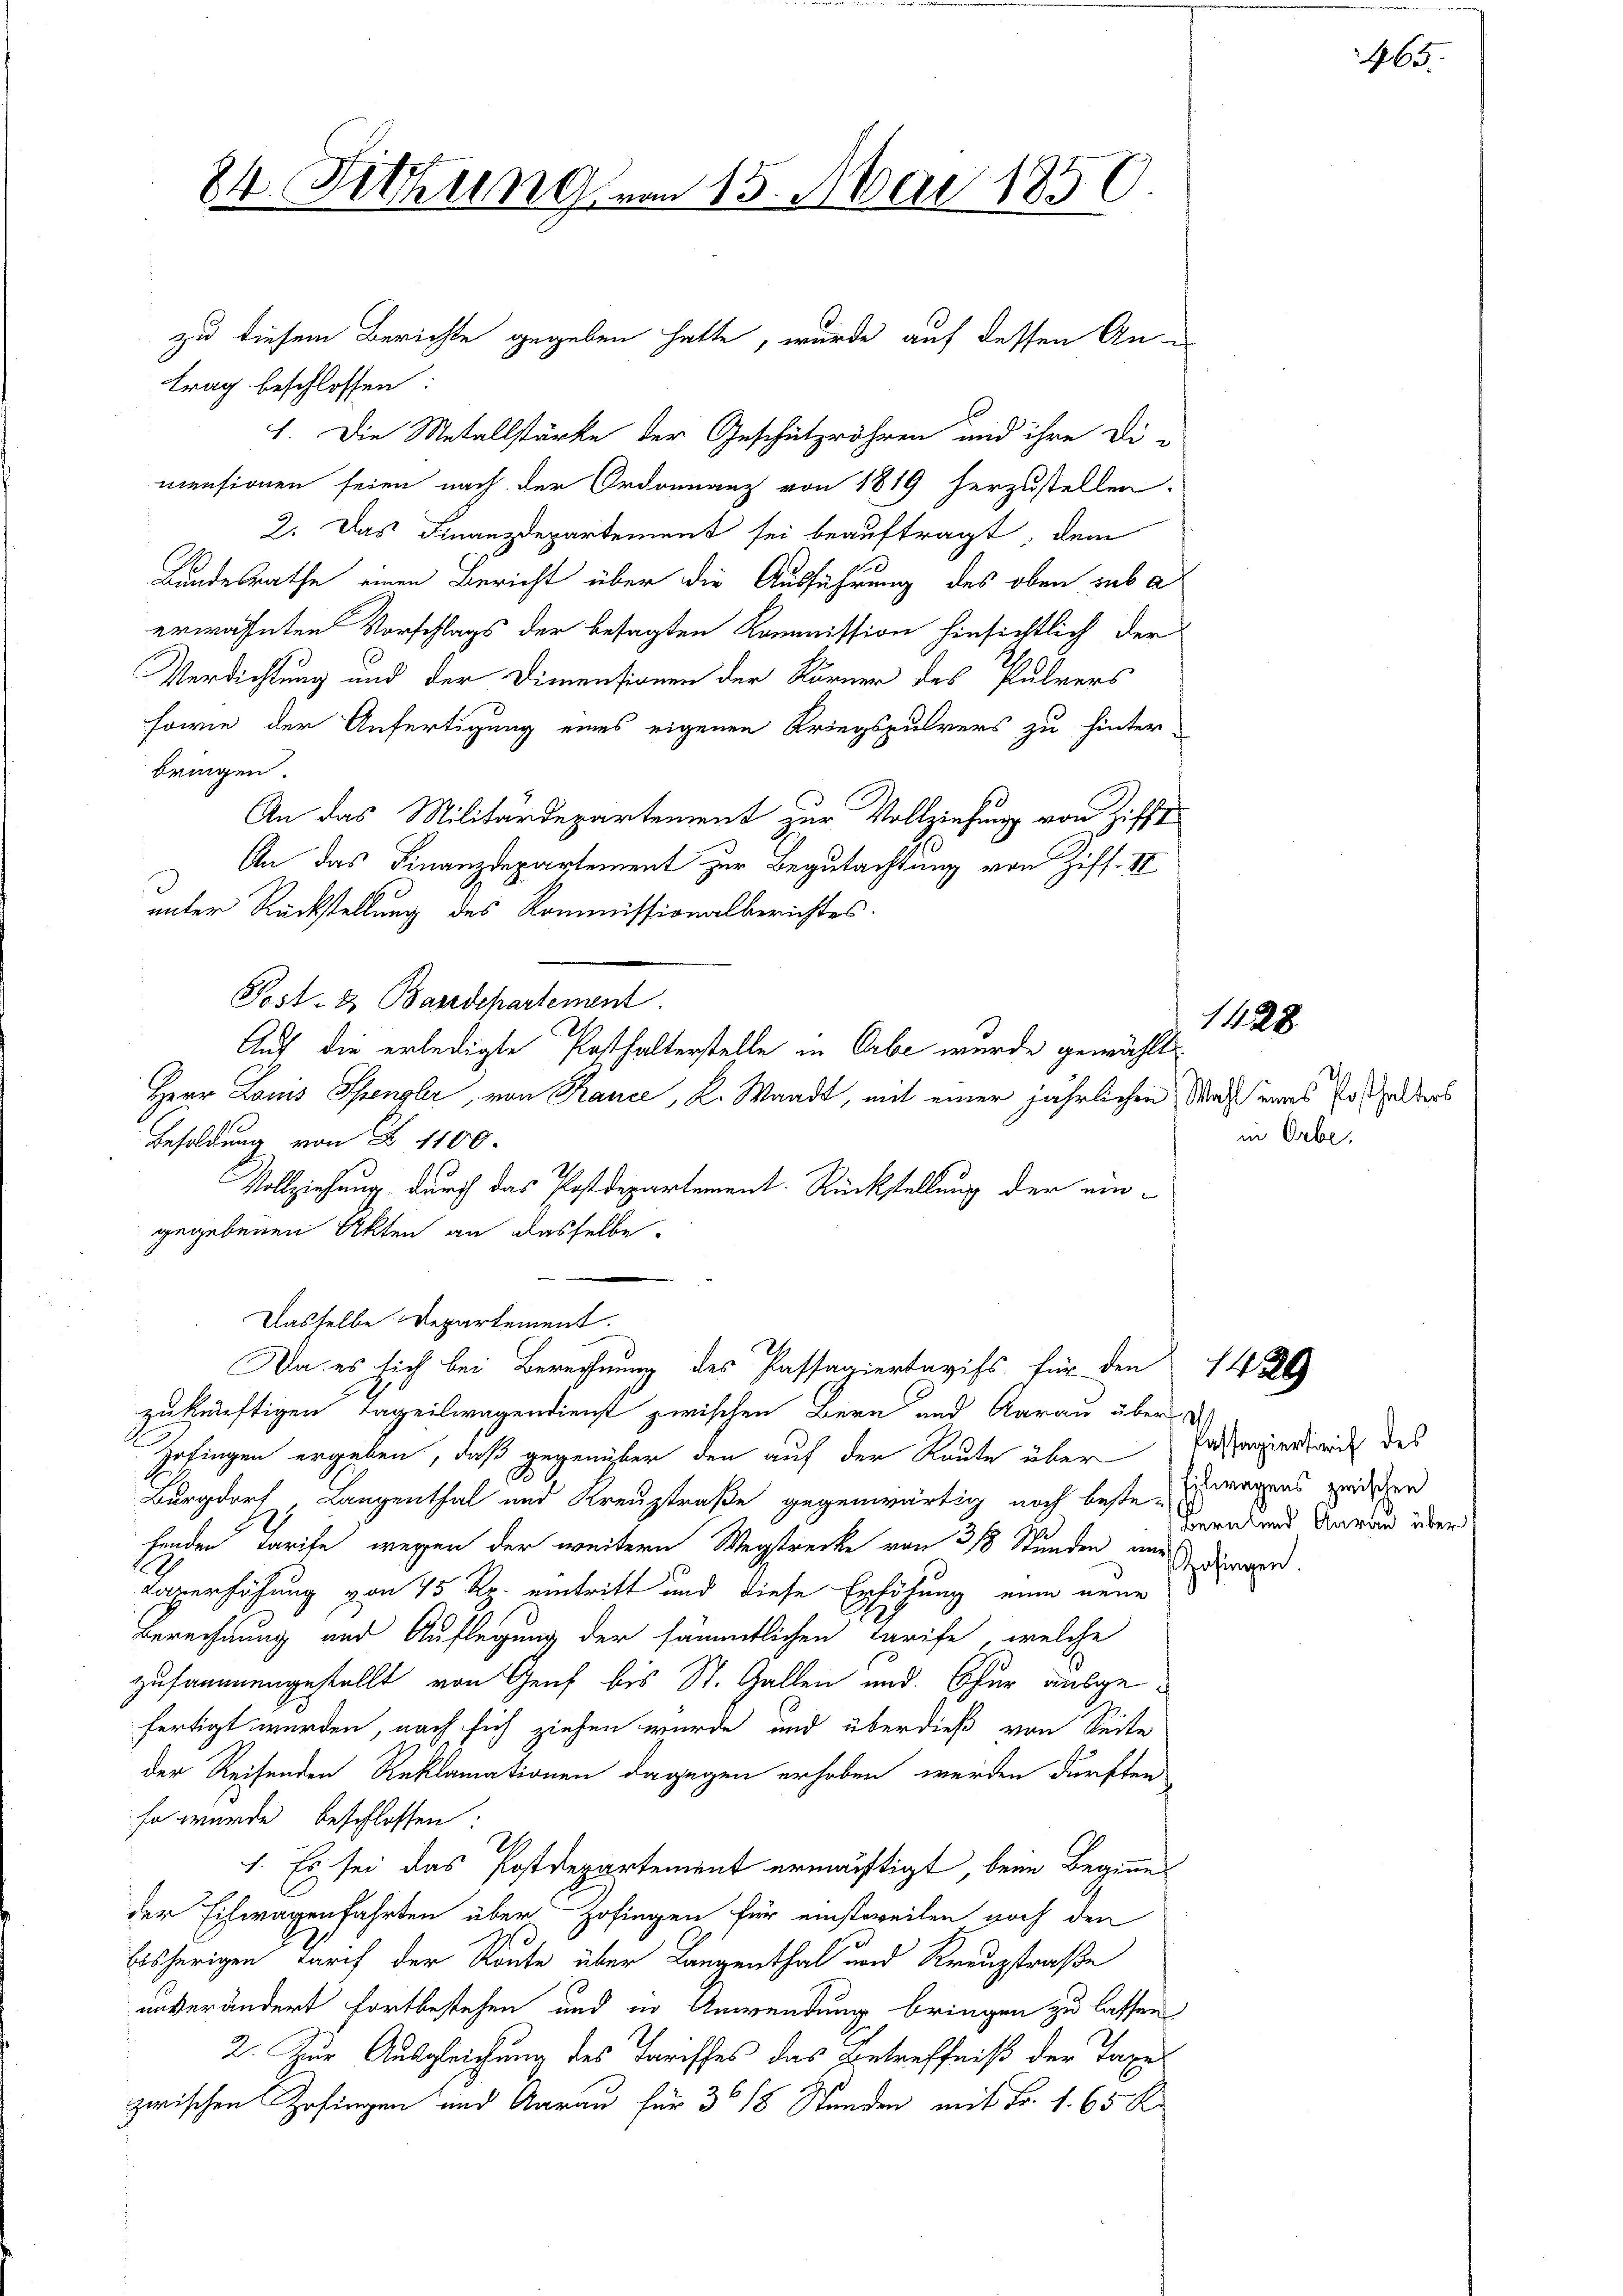
84. Sitzung von 15. Mai 1850.

trag beschlossen:
1. Die Metallstärke der Geschützröhren und ihre Di-
mensionen seien nach der Ordonnanz von 1819 herzustellen.
2. Das Finanzdepartement sei beauftragt, dem
Landesrathe einen Bericht über die Ausführung des oben sub a
erwähnten Vorschlags der besagten Kommission hinsichtlich der
Verdichtung und der Dimensionen der Körner des Pulvers
sowie der Anfertigung eines eigenen Kriegspulvers zu hinter-
bringen.
An das Militärdepartement zur Vollziehung von Ziffe
An das Finanzdepartement zur Begutachtung von Ziff. 17
i
unter Rückstellung des Kommissionalberichtes.
Post- & Baudepartement
Auf die erledigte Posthalterstelle in Erbe wurde gewählt:
Besoldung von Z 1100.
Vollziehung durch das Postdepartement. Rückstellung der eingegebenen Akten an dasselbe.
Dasselbe Departement.
Da es sich bei Berechnung des Passagiertavifs für den 1420
zukünftigen Tägeilwegendienst zwischen Bern und Aarau über d
Zofingen ergeben, daß gegenüber den auf der Raute über Testaerart des
Burgdorf Langenthal und Kreuzstraße gegenwärtig noch bestenwegens zwischen
finden Tarife wegen der weitern Wegstrecke von 3/8 Stunden and
Larverhöhung von 15 Rp. eintritt und diese Erhöhung eine neue
Berechnung und Auflegung der sämmtlichen Tarife, welche
zusammengestellt von Genf bis St. Gallen und Chur ausgefertigt werden, nach sich ziehen wurde und überdieß von Seite
der Reisenden Reklamationen dagegen erhoben werden dürften
fe wurde beschlossen:
1. Es sei das Postdepartement ermächtigt, beim Beginnt
der Eilwagenfahrten über Zofingen für einstweilen noch den
bisherigen Tarif der Route über Langenthal und Kreuzstraße
unverändert fortbestehen und in Anwendung bringen zu lassen
2. Zur Ausgleichung des Parisches das Betreffniß der Taxe
zwischen Zofingen und Aarau für 3° 18 Stunden mit Fr. 1. 65 R

zu diesem Berichte gegeben hatte, wurde auf dessen An¬

Herr Louis Spengler, von Rauce, K. Waadt, mit einer jährlichen Was eines Er halbers

in Orbe.

ofi

1428.

Beratend Anrau über

465.